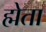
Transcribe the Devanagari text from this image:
ह्मेता